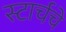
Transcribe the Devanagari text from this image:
स्टार्चचे